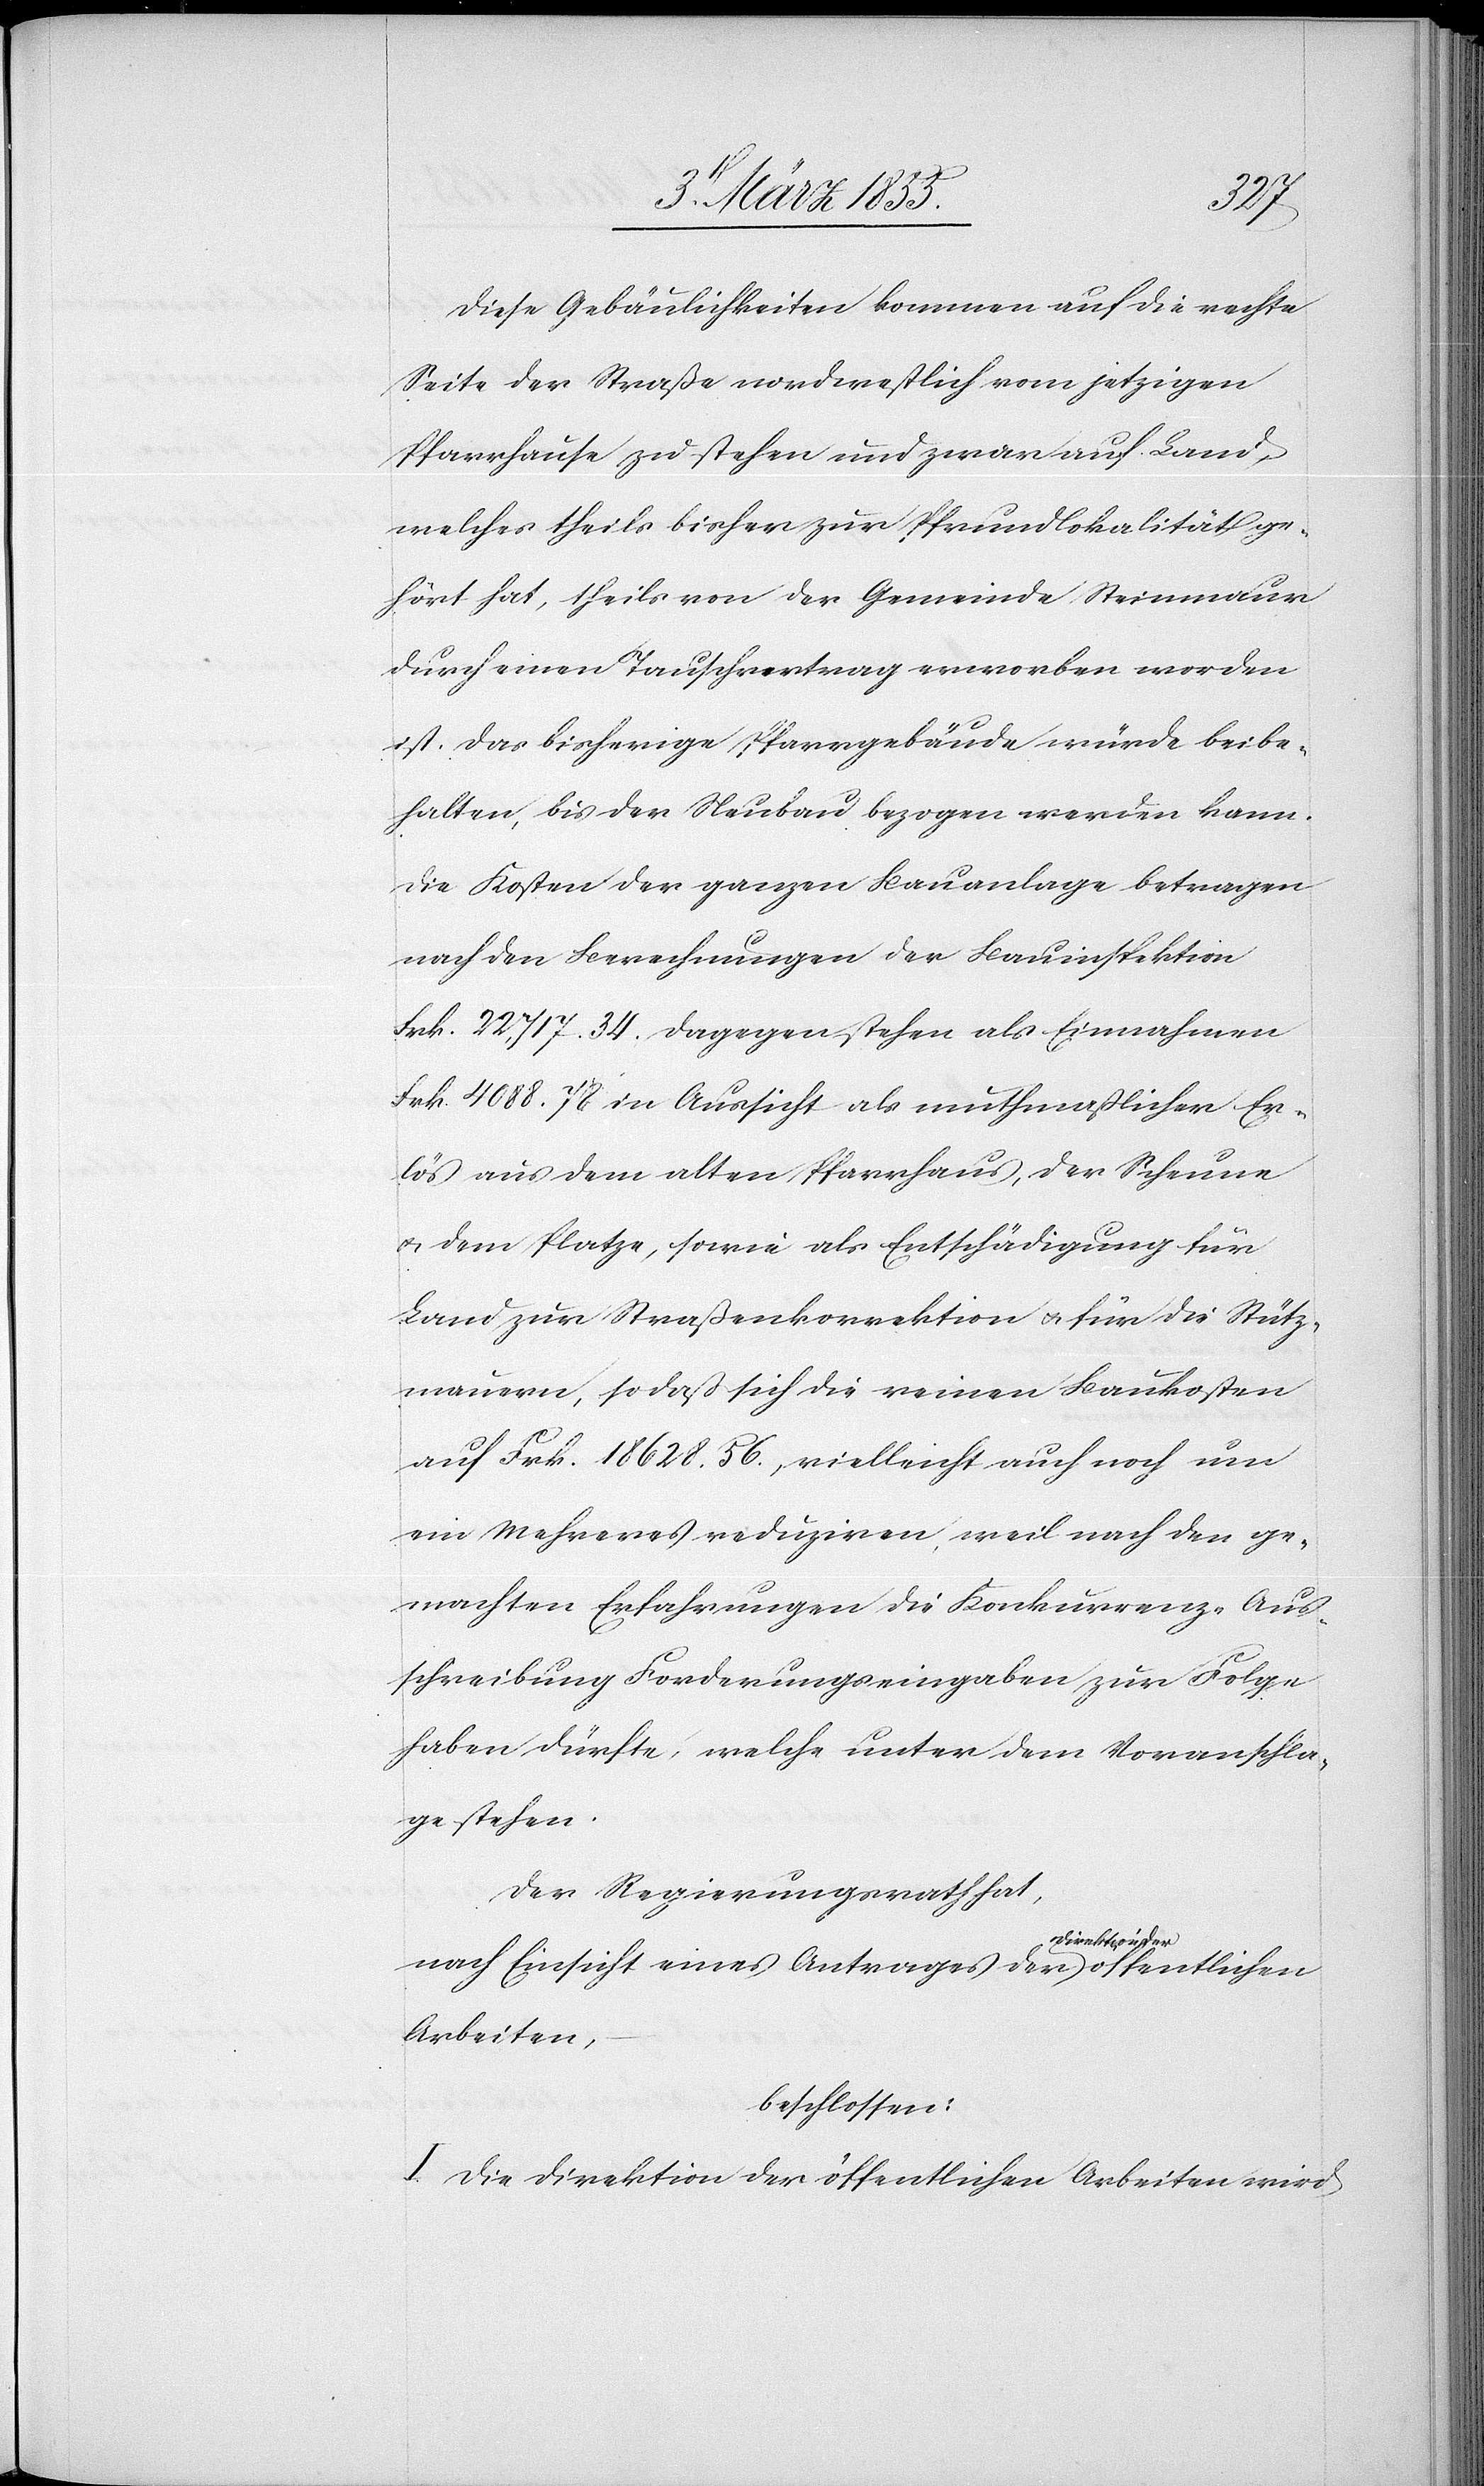
Diese Gebäulichkeiten kommen auf die rechte
Seite der Straße nordwestlich vom jetzigen
Pfarrhause zu stehen und zwar auf Land,
welches theils bisher zur Pfrundlokalität ge¬
hört hat, theils von der Gemeinde Steinmaur
durch einen Tauschvertrag erworben worden
ist. Das bisherige Pfarrgebäude würde beibe¬
halten, bis der Neubau bezogen werden kann.
Die Kosten der ganzen Bauanlage betragen
nach den Berechnungen der Bauinspektion
Frk. 22,717. 34. Dagegen stehen als Einnahmen
Frk. 4088. 78 in Aussicht als muthmaßlicher Er¬
lös aus dem alten Pfarrhaus, der Scheune
& dem Platze, sowie als Entschädigung für
Land zur Straßenkorrektion & für die Stütz¬
mauern, so daß sich die reinen Baukosten
auf Frk. 18 628. 56., vielleicht auch noch um
ein Mehreres reduziren, weil nach den ge¬
machten Erfahrungen die Konkurrenz-Aus¬
schreibung Forderungseingaben zur Folge
haben dürfte, welche unter dem Voranschla¬
ge stehen.
Der Regierungsrath hat,
nach Einsicht eines Antrages der Direktion der öffentlichen
Arbeiten,
beschlossen:
I. Die Direktion der öffentlichen Arbeiten wird